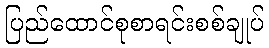
ပြည်ထောင်စုစာရင်းစစ်ချုပ်